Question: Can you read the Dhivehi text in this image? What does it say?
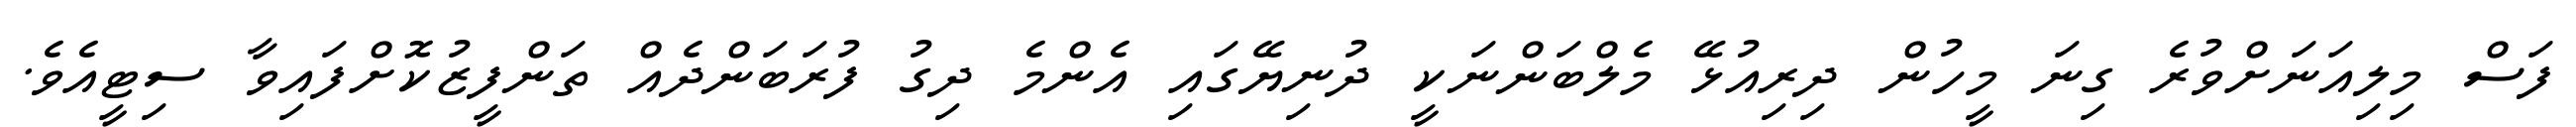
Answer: ފަސް މިލިއަނަށްވުރެ ގިނަ މީހުން ދިރިއުޅޭ މެލްބަންނަކީ ދުނިޔޭގައި އެންމެ ދިގު ފުރަބަންދެއް ތަންފީޒުކޮށްފައިވާ ސިޓީއެވެ.